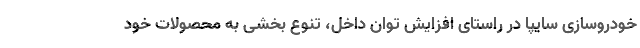
خودروسازی سایپا در راستای افزایش توان داخل، تنوع بخشی به محصولات خود